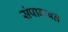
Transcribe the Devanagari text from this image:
संपाबाबत